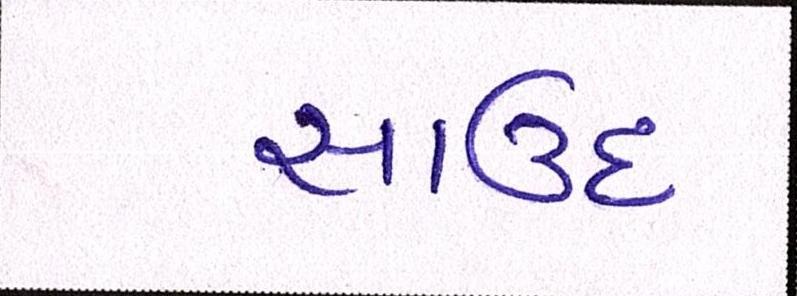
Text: સાઉદ